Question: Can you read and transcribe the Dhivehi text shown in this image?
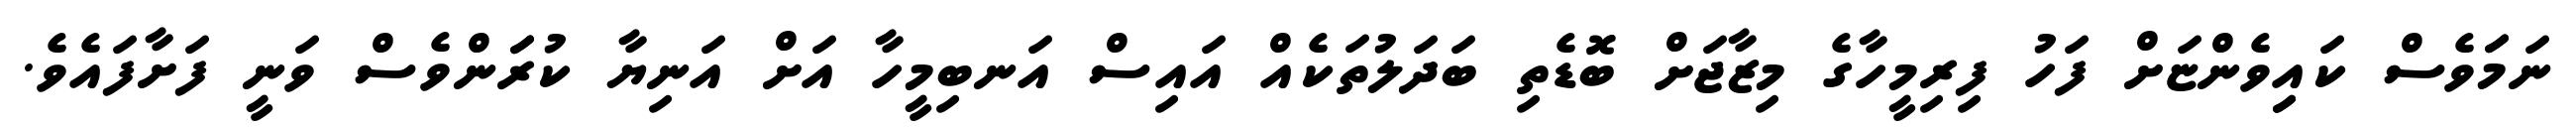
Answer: ނަމަަވެސް ކައިިވެންޏަށް ފަހު ފިރިމީހާގެ މިޒާޖަށް ބޮޑެތި ބަދަލުތަކެއް އައިސް އަނބިމީހާ އަށް އަނިޔާ ކުރަަންވެސް ވަނީ ފަށާފައެވެ.